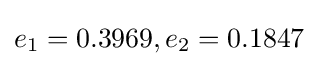
e_{1}=0.3969,e_{2}=0.1847